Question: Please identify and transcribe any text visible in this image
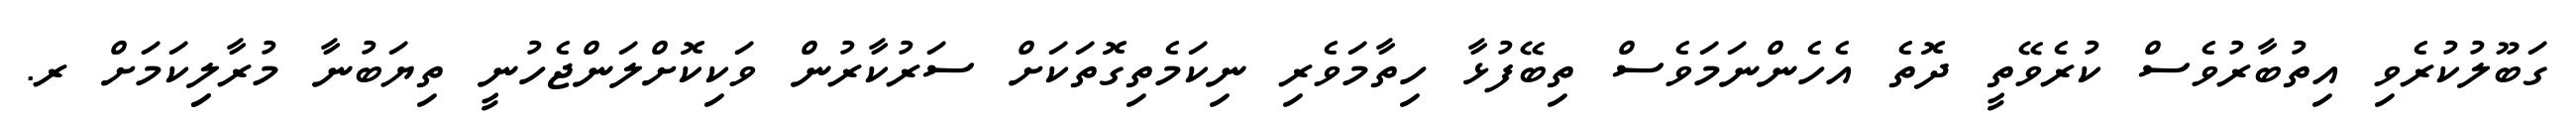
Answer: ގަބޫލުކުރެވި އިތުބާރުވެސް ކުރެވޭތީ ދޮތެ އެހެންނަމަވެސް ތިބޭފުޅާ ހިތާމަވެރި ނިކަމެތިގޮތަކަށް ސަރުކާރުން ވަކިކޮށްލަންޖެހުނީ ތިޔަބުނާ މުރާލިިކަމަށް ރ.